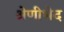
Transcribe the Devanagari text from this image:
श्रेणीभेद